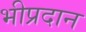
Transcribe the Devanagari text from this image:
भीप्रदान